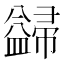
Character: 𭘺